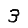
Digit: 3